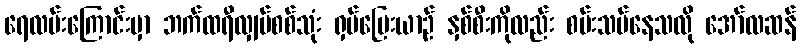
ရေလမ်းကြောင်းမှာ ဘက်ထရီလျှပ်စစ်သုံး ရှပ်ပြေးယာဉ် နှစ်စီးကိုလည်း စမ်းသပ်နေသလို အော်လဆန်